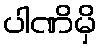
ပါဏိမှိ